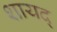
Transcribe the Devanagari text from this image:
शायद्